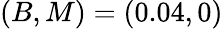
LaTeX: (B,M)=(0.04,0)